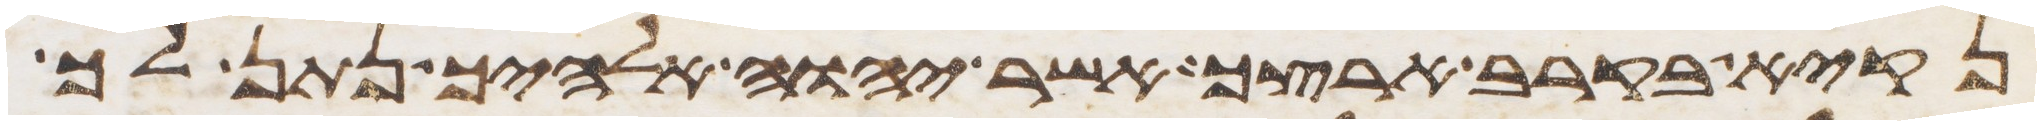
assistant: נקיא בקרב ארצך אשר יהוה אלהיך נתן לך